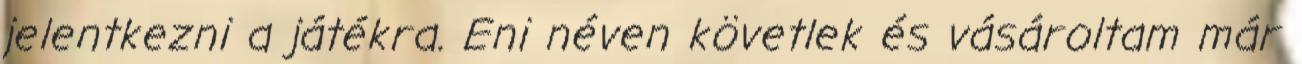
jelentkezni a játékra. Eni néven követlek és vásároltam már